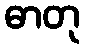
ဓာတု